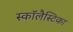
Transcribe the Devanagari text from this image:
स्कॉलैस्टिका